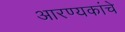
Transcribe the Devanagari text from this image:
आरण्यकांचे